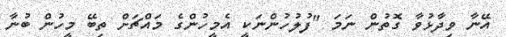
އޭނާ ވިދާޅުވާ ގޮތުން ނަމަ "ފުލުހުންނަކީ އެމީހުންގެ މައްޗަށް ތިބޭ މީހުން ބުނާ